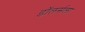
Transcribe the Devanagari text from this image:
डॉलर्सला